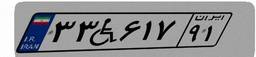
۳۳W۶۱۷۹۱